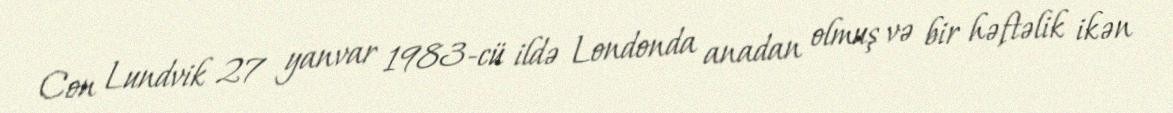
Con Lundvik 27 yanvar 1983-cü ildə Londonda anadan olmuş və bir həftəlik ikən